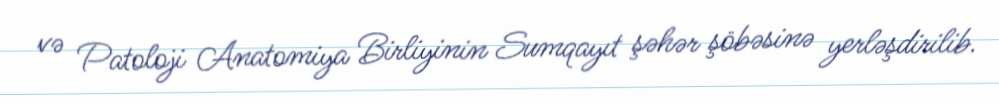
və Patoloji Anatomiya Birliyinin Sumqayıt şəhər şöbəsinə yerləşdirilib.